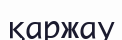
қаржау